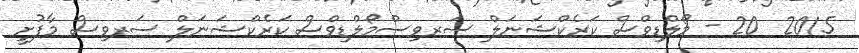
2015  20 - މޯލްޑިވްސް ކަރެކްޝަނަލް ސަރވިސްމޯލްޑިވްސް ކަރެކްޝަނަލް ސަރވިސް މާފުށީ